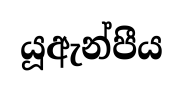
යූඇන්පීය